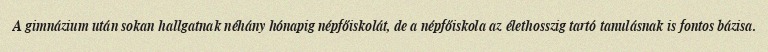
A gimnázium után sokan hallgatnak néhány hónapig népfőiskolát, de a népfőiskola az élethosszig tartó tanulásnak is fontos bázisa.